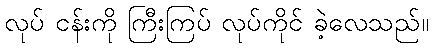
လုပ် ငန်းကို ကြီးကြပ် လုပ်ကိုင် ခဲ့လေသည်။